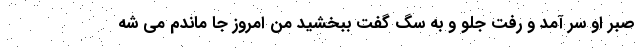
صبر او سر آمد و رفت جلو و به سگ گفت ببخشید من امروز جا ماندم می شه